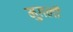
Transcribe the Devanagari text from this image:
मुग़लोँ